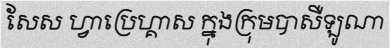
សែស ហ្វាប្រេហ្គាស ក្នុងក្រុមបាសឺឡូណា